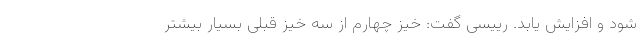
شود و افزایش یابد. رییسی گفت: خیز چهارم از سه خیز قبلی بسیار بیشتر